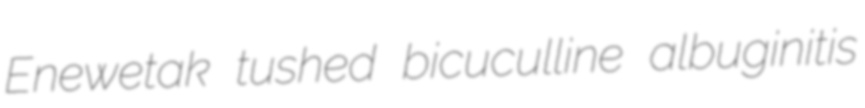
Enewetak tushed bicuculline albuginitis